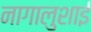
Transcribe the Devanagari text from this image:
नागालुशाई